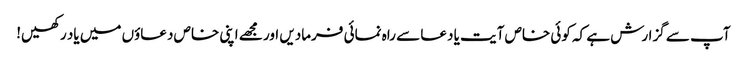
آپ سے گزارش ہے کہ کوئی خاص آیت یا دعا سے راہ نمائی فرمادیں اور مجھے اپنی خاص دعاؤں میں یاد رکھیں!